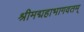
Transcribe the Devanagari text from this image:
श्रीमद्महाभागवतम्